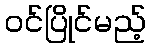
ဝင်ပြိုင်မည့်